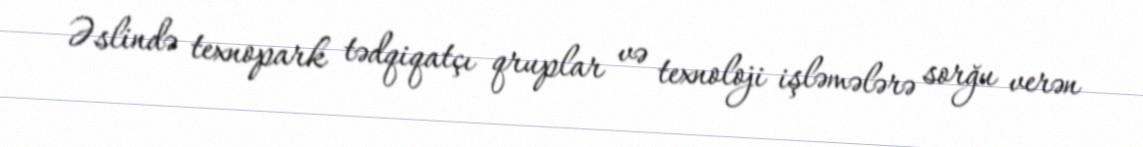
Əslində texnopark tədqiqatçı qruplar və texnoloji işləmələrə sorğu verən